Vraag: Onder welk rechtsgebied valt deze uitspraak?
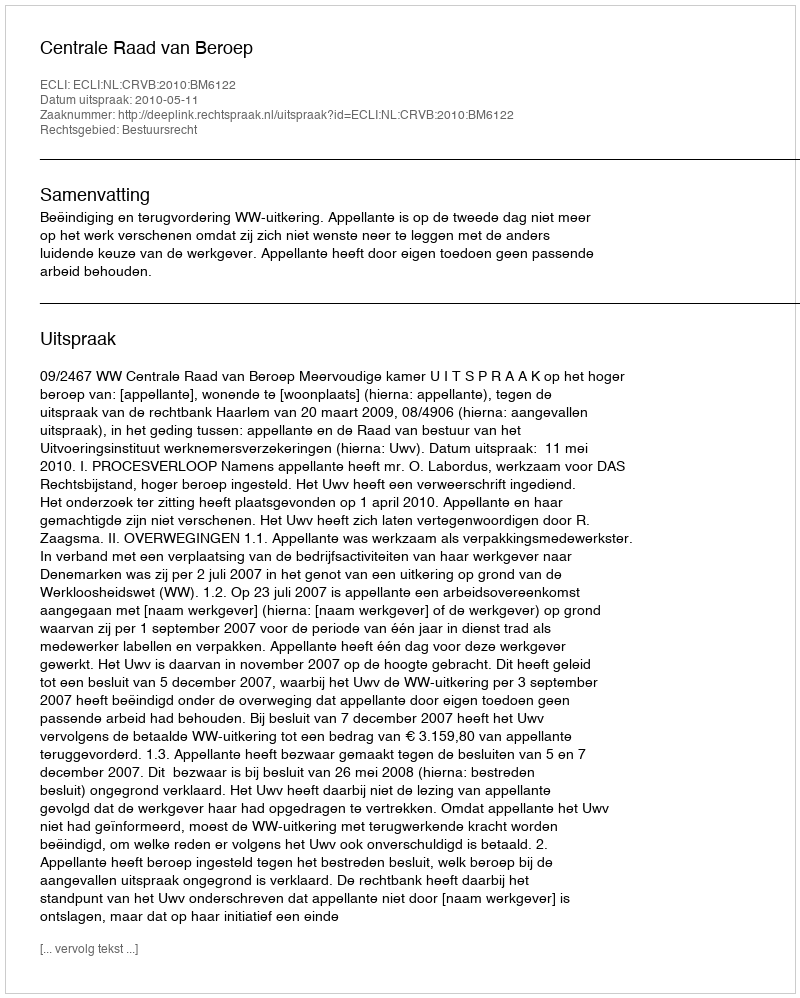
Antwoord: Bestuursrecht